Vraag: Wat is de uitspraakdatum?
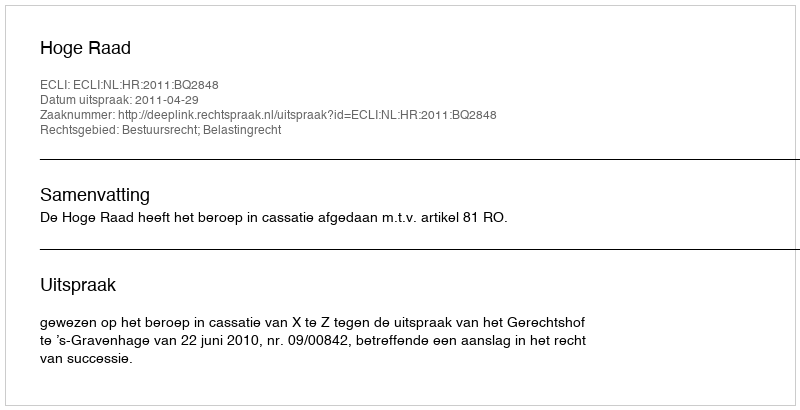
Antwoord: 2011-04-29